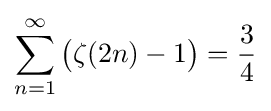
\sum _{n=1}^{\infty }{\bigl (}\zeta (2n)-1{\bigr )}={\frac {3}{4}}